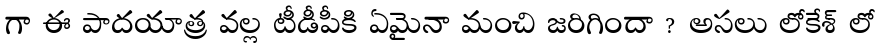
గా ఈ పాదయాత్ర వల్ల టీడీపీకి ఏమైనా మంచి జరిగిందా ? అసలు లోకేశ్ లో